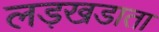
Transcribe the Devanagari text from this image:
लड़खडाता